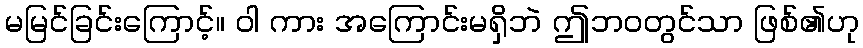
မမြင်ခြင်းကြောင့်။ ဝါ ကား အကြောင်းမရှိဘဲ ဤဘဝတွင်သာ ဖြစ်၏ဟု